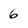
Character: 6